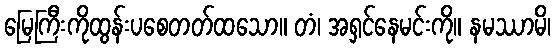
မြေကြီးကိုထွန်းပစေတတ်ထသော။ တံ၊ အရှင်နေမင်းကို။ နမဿာမိ၊